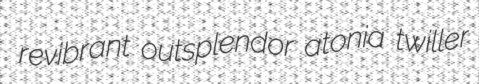
revibrant outsplendor atonia twiller